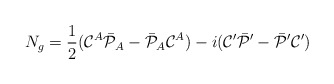
\begin{align*}N_g = {1\over2}({\cal C}^A\bar{\cal P}_A - \bar{\cal P}_A{\cal C}^A) -i({\cal C}'\bar{\cal P}' - \bar{\cal P}'{\cal C}')\end{align*}